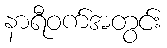
နာရီဝက်အတွင်း